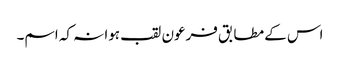
اس کے مطابق فرعون لقب ہوا نہ کہ اسم۔